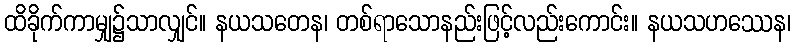
ထိခိုက်ကာမျှ၌သာလျှင်။ နယသတေန၊ တစ်ရာသောနည်းဖြင့်လည်းကောင်း။ နယသဟဿေန၊